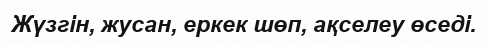
Жүзгін, жусан, еркек шөп, ақселеу өседі.